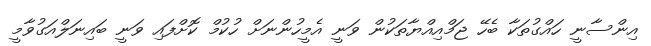
އިންސާނީ ހައްގުތަކާ ބެހޭ ޖަމްއިއްޔާތަކުން ވަނީ އެމީހުންނަށް ހުކުމް ކޮށްފައި ވަނީ ބައިނަލްއަގުވާމީ